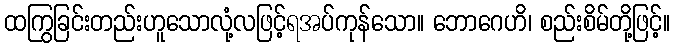
ထကြွခြင်းတည်းဟူသောလုံ့လဖြင့်ရအပ်ကုန်သော။ ဘောဂေဟိ၊ စည်းစိမ်တို့ဖြင့်။